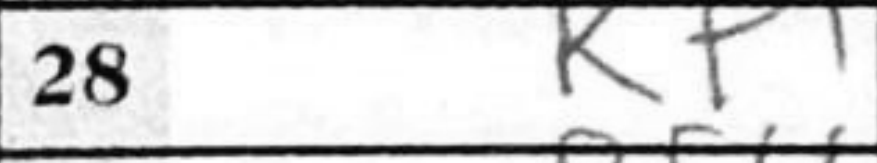
Transcription: Kf1